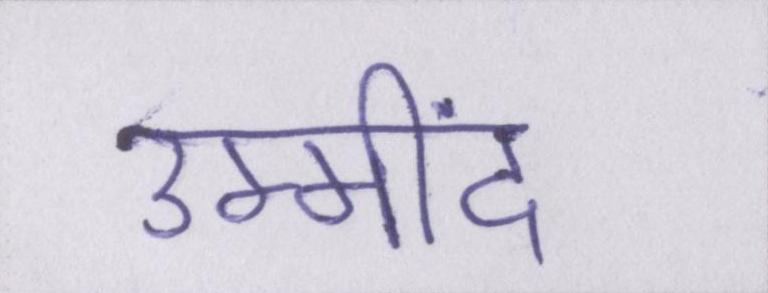
उम्मींद